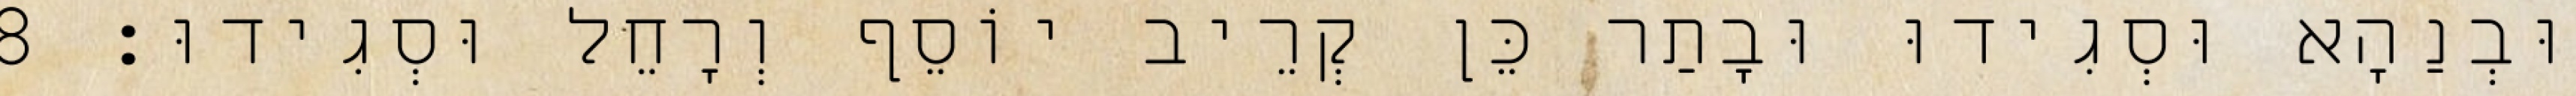
וּבְנַהָא וּסְגִידוּ וּבָתַר כֵּן קְרֵיב יוֹסֵף וְרָחֵל וּסְגִידוּ׃ 8